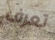
تعرف